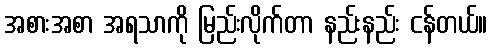
အစားအစာ အရသာကို မြည်းလိုက်တာ နည်းနည်း ငန်တယ်။